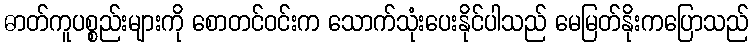
ဓာတ်ကူပစ္စည်းများကို စောတင်ဝင်းက သောက်သုံးပေးနိုင်ပါသည် မေမြတ်နိုးကပြောသည်